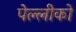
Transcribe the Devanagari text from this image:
पेल्लीको